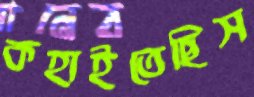
কহাইতেছিস